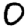
Digit: 0